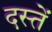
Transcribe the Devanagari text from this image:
दस्तें